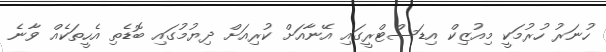
ހުނަރު ހުރުމަކީ މިއުޒިކް އިޑަސްޓްރީގައި އޭނާއަށް ކުރިއަށް ދިޔުމުގައި ބޮޑެތި އެހީތަކެއް ވާނެ